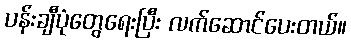
ပန်းချီပုံတွေရေးပြီး လက်ဆောင်ပေးတယ်။